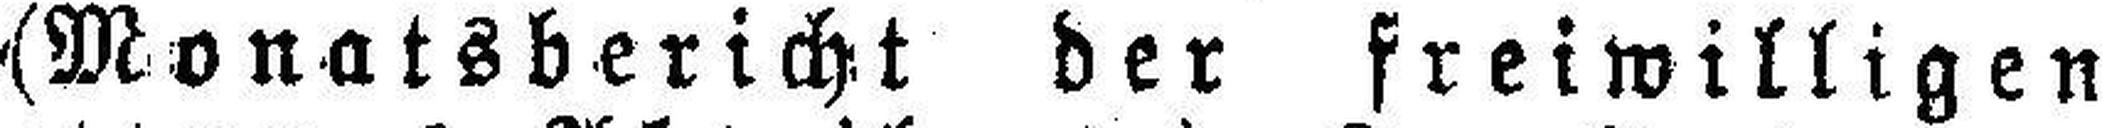
(Monatsbericht der freiwilligen